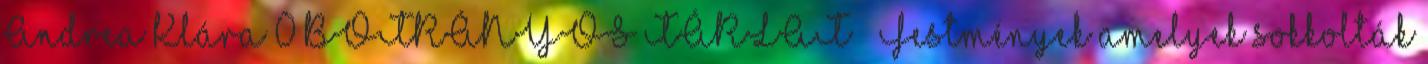
Andrea Klára 0 BOTRÁNYOS TÁRLAT – Festmények amelyek sokkolták